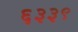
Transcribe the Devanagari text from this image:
६३३९